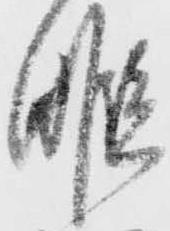
暇